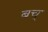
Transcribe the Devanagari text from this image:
बच्